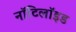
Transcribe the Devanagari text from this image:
नॉटिलॉइड